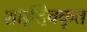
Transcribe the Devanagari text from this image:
शार्ङ्गदेवकृत